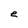
Character: e